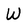
Character: W